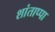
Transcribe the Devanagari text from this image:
शांताप्पा